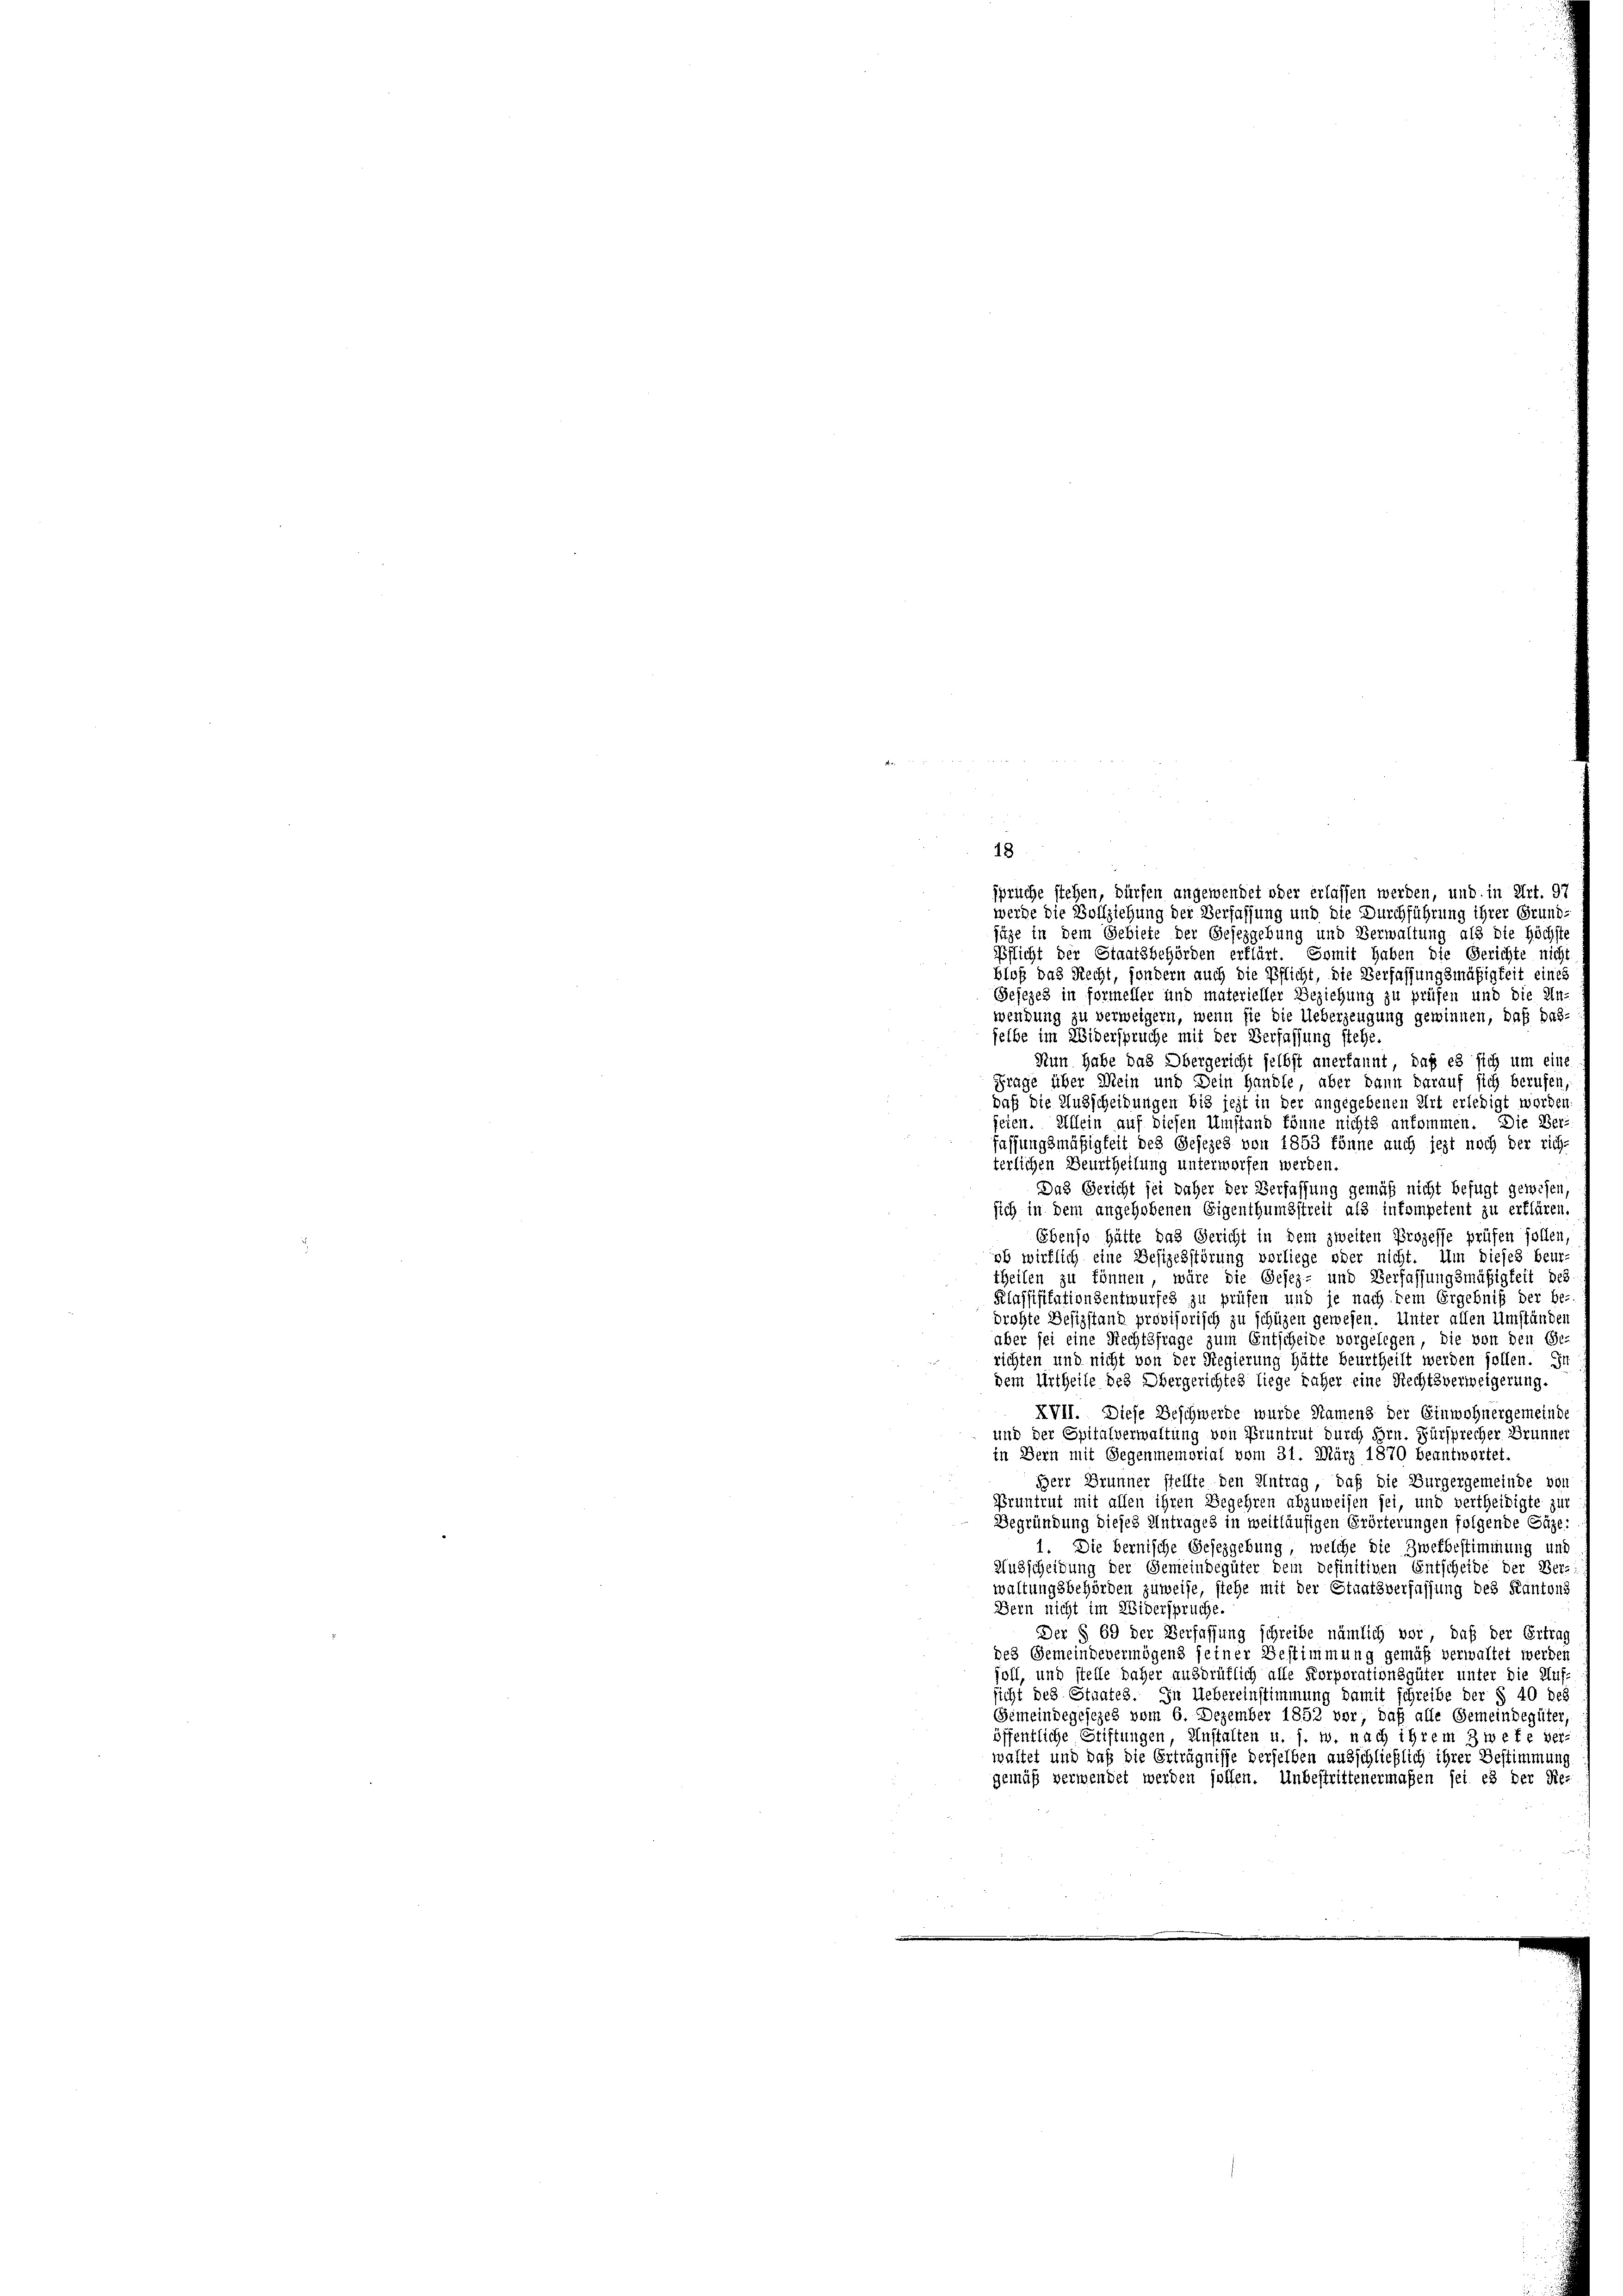
18

sprüche stehen, dürfen angewendet oder erlassen werden, und in Art. 97
werde die Vollziehung der Verfassung und die Durchführung ihrer Grund-
jäge in dem Gebiete der Gesezgebung und Verwaltung als die Höchste
Pflicht der Staatsbehörden erklärt. Somit haben die Gerichte nicht
bloß das Recht, sondern auch die Pflicht, die Verfassungsmäßigkeit eines
Gejezes in formeller und materieller Beziehung zu prüfen und die Un-
wendung zu verweigern, wenn sie die Ueberzeugung gewinnen, daß das-
selbe im Widerspruche mit der Verfassung stehe.
Nun habe das Obergericht selbst anerkannt, daß es sich um eine
Frage über Mein und Dein Handle, aber dann darauf sich berufen
daß die Ausscheidungen bis jezt in der angegebenen Art erledigt worden
feten. Allein auf diesen Umstand könne nichts ankommen. Die Ber-
fassungsmäßigkeit des Gesezes von 1853 könne auch jezt noch der rich
terlichen Beurtheilung unterworfen werden.
Das Gericht sei daher der Verfassung gemäß nicht befugt gewesen,
sich in dem angehobenen Eigenthumsstreit als inkompetent zu erklären.
Ebenso hätte das Gericht in dem zweiten Prozesse prüfen sollen
ob wirklich eine Besizesstörung vorliege oder nicht. Um dieses beur
theilen zu können, wäre die Gesez- und Verfassungsmäßigkeit des
Klassifikationsentwurfes zu prüfen und je nach dem Ergebniß der be-
drohte Besizstanz provisorisch zu schüzen gewesen. Unter allen Umständen
aber sei eine Rechtsfrage zum Entscheide vorgelegen, die von den Ge-
richten und nicht von der Regierung hätte beurtheilt werden sollen. In
dem Urtheile des Obergerichtes liege näher eine Rechtsverweigerung.
XVII. Diese Beschwerde wurde Namens der Einwohnergemeinde
und der Spitalverwaltung von Pruntrut durch Hrn. Fürsprecher Brunner
in Bern mit Gegenmemorial vom 31. März 1870 beantwortet.
Herr Brunner stellte den Antrag, daß die Burgergemeinde vor
Pruntrut mit allen ihren Begehren abzuweisen sei, und vertheidigte zur
Begründung dieses Antrages in weitläufigen Erörterungen folgende Gäze:
1. Die Bernische Gesezgebung, welche die Zwekbestimmung und
Ausscheidung der Gemeindegüter dem Definitiven Entscheide der Ber-
waltungsbehörden zuweise, stehe mit der Staatsverfassung des Kantons
Bern nicht im Widerspruche.
Der § 69 der Verfassung schreibe nämlich vor, daß der Ertrag
des Gemeindevermögens seiner Bestimmung gemäß verwaltet werden
soll, und stelle daher ausdrüklich alle Korporationsgüter unter die Auf-
sicht des Staates. In Uebereinstimmung damit schreibe der § 40 des
Gemeindegesezes vom 6. Dezember 1852 vor, daß alle Gemeindegüter,
öffentliche Stiftungen, Anstalten u. s. w. nach ihrem 3 wefe ver-
waltet und daß die Erträgnisse derselben ausschließlich ihrer Bestimmung
gemäß verwendet werden sollen. Unbestrittenermaßen sei es der Re-